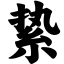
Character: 絷